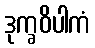
ဒုက္ခဝိပါကံ